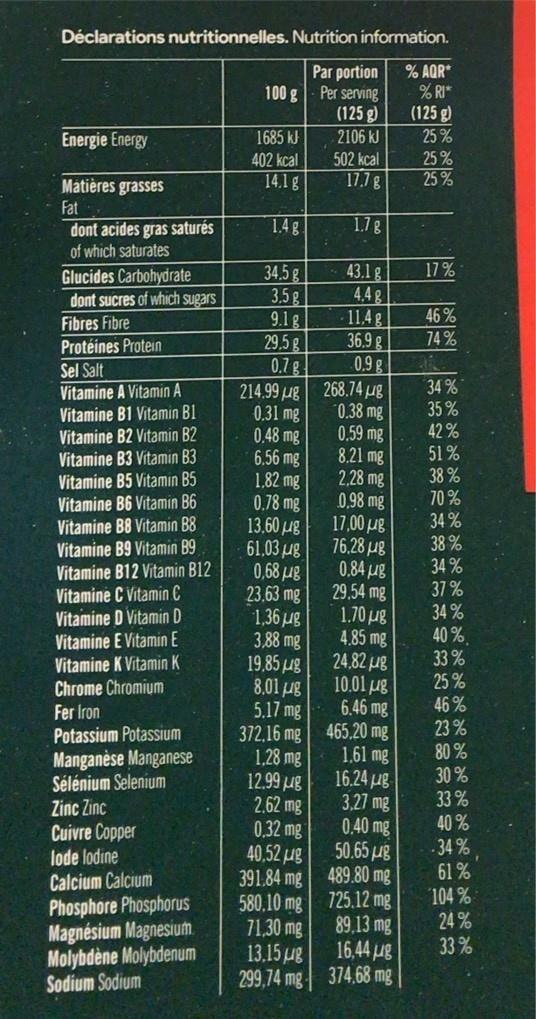
Déclarations nutritionnelles. Nutrition information.
Par portion Per serving (125 g)
% AQR* % RI*
100 g
(125 g)
Energie Energy
1685 kJ
2106 kJ
25%
402 kcal
502 kcal
25%
14.1 g
17.7g
25 %
Matières grasses Fat
1.4g
1.7g
dont acides gras saturés of which saturates
17 %
34.5g 3.5g 9.1 g 29.5 g 0.7 g 214.99 ug 0.31 mg 0.48 mg 6.56 mg 1,82 mg 0.78 mg 13.60 ug 61,03 µg 0,68 με 23.63 mg 1,36 ug 3,88 mg 19,85 ug 8,01 ug 5.17 mg 372.16 mg 1.28 mg 12.99 ug 2.62 mg 0.32 mg 40,52 ug 391.84 mg 580.10 mg 725.12 mg 71.30 mg 13.15 ug 299,74 mg 374.68 mg
43.1 g 4,4 g 11,4 g 36.9 g 0.9 g 268.74 ug 0.38 mg 0.59 mg 8.21 mg 2,28 mg 0,98 mg 17,00 ug 76.28 ug 0.84 ug 29.54 mg 1.70 ug 4,85 mg 24,82 ug 10.01 ug 6.46 mg 465.20 mg 1.61 mg 16.24 ug 3.27 mg 0.40 mg 50.65 g 489.80 mg
Glucides Carbohydrate dont sucres of which sugars
46 %
Fibres Fibre
74 %
Protéines Protein
Sel Salt
Vitamine A Vitamin A
34 %
Vitamine B1 Vitamin B1 Vitamine B2 Vitamin B2 Vitamine B3 Vitamin B3 Vitamine B5 Vitamin B5
35% 42% 51 % 38 % 70 % 34 %
Vitamine B6 Vitamin B6
Vitamine B8 Vitamin B8 Vitamine B9 Vitamin B9 Vitamine B12 Vitamin B12 Vitamine C Vitamin C Vitamine D Vitamin D Vitamine E Vitamin E Vitamine K Vitamin K Chrome Chromium Fer Iron Potassium Potassium
38 % 34 % 37% 34 % 40 %. 33 % 25% 46 % 23 % 80% 30% 33% 40 % 34 % 61%
Manganèse Manganese Sélénium Selenium Zinc Zinc Cuivre Copper
lode lodine Calcium Calcium Phosphore Phosphorus Magnésium Magnesium. Molybdène Molybdenum Sodium Sodium
89,13 mg 16,44 ug
104 % 24 % 33 %